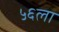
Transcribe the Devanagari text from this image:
५६ला